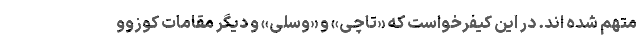
متهم شده اند. در این کیفرخواست که «تاچی» و «وسلی» و دیگر مقامات کوزوو